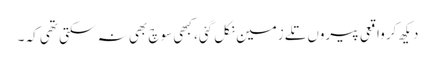
دیکھ کر واقعی پیروں تلے زمین نکل گئی، کبھی سوچ بھی نہ سکتی تھی کہ ۔